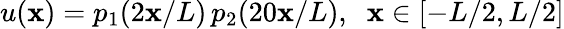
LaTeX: u(\mathbf{x})=p_{1}(2\mathbf{x}/L)\, p_{2}(20\mathbf{x}/L),\; \; \mathbf{x}\in[-L/2,L/2]